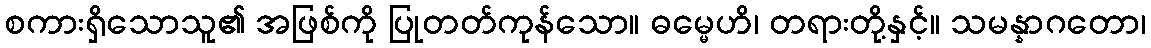
စကားရှိသောသူ၏ အဖြစ်ကို ပြုတတ်ကုန်သော။ ဓမ္မေဟိ၊ တရားတို့နှင့်။ သမန္နာဂတော၊